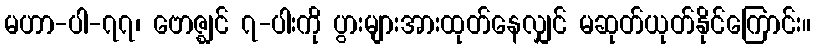
မဟာ-ပါ-၇၇၊ ဗောဇ္ဈင် ၇-ပါးကို ပွားများအားထုတ်နေလျှင် မဆုတ်ယုတ်နိုင်ကြောင်း။